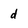
Character: d